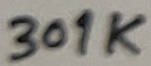
Text: 301K